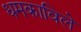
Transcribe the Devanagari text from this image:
धमकाविले